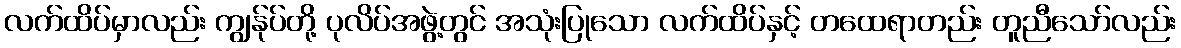
လက်ထိပ်မှာလည်း ကျွန်ုပ်တို့ ပုလိပ်အဖွဲ့တွင် အသုံးပြုသော လက်ထိပ်နှင့် တထေရာတည်း တူညီသော်လည်း